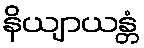
နိယျာယန္တံ